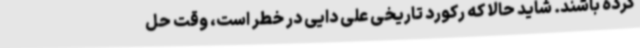
کرده باشند. شاید حالا که رکورد تاریخی علی دایی در خطر است، وقت حل